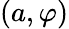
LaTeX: (a,\varphi)